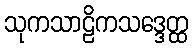
သုကသာဠိကသဒ္ဒေတ္ထ